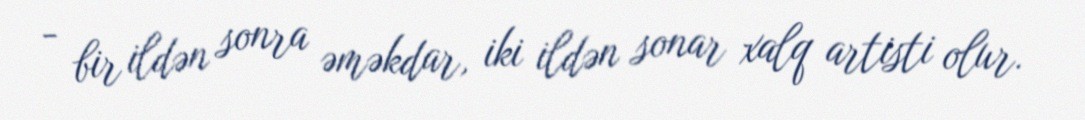
- bir ildən sonra əməkdar, iki ildən sonar xalq artisti olur.